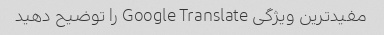
مفیدترین ویژگی Google Translate را توضیح دهید